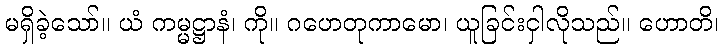
မရှိခဲ့သော်။ ယံ ကမ္မဋ္ဌာနံ၊ ကို။ ဂဟေတုကာမော၊ ယူခြင်းငှါလိုသည်။ ဟောတိ၊